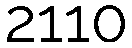
2110